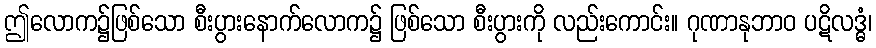
ဤလောက၌ဖြစ်သော စီးပွားနောက်လောက၌ ဖြစ်သော စီးပွားကို လည်းကောင်း။ ဂုဏာနုဘာဝ ပဋိလဒ္ဓံ၊